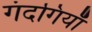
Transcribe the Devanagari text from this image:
गंदगियाँ